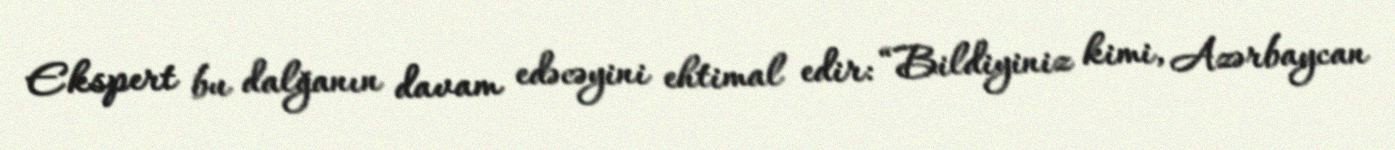
Ekspert bu dalğanın davam edəcəyini ehtimal edir: “Bildiyiniz kimi, Azərbaycan